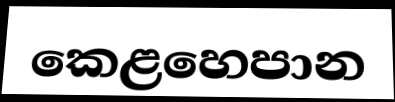
කෙළහෙපාන